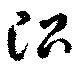
治